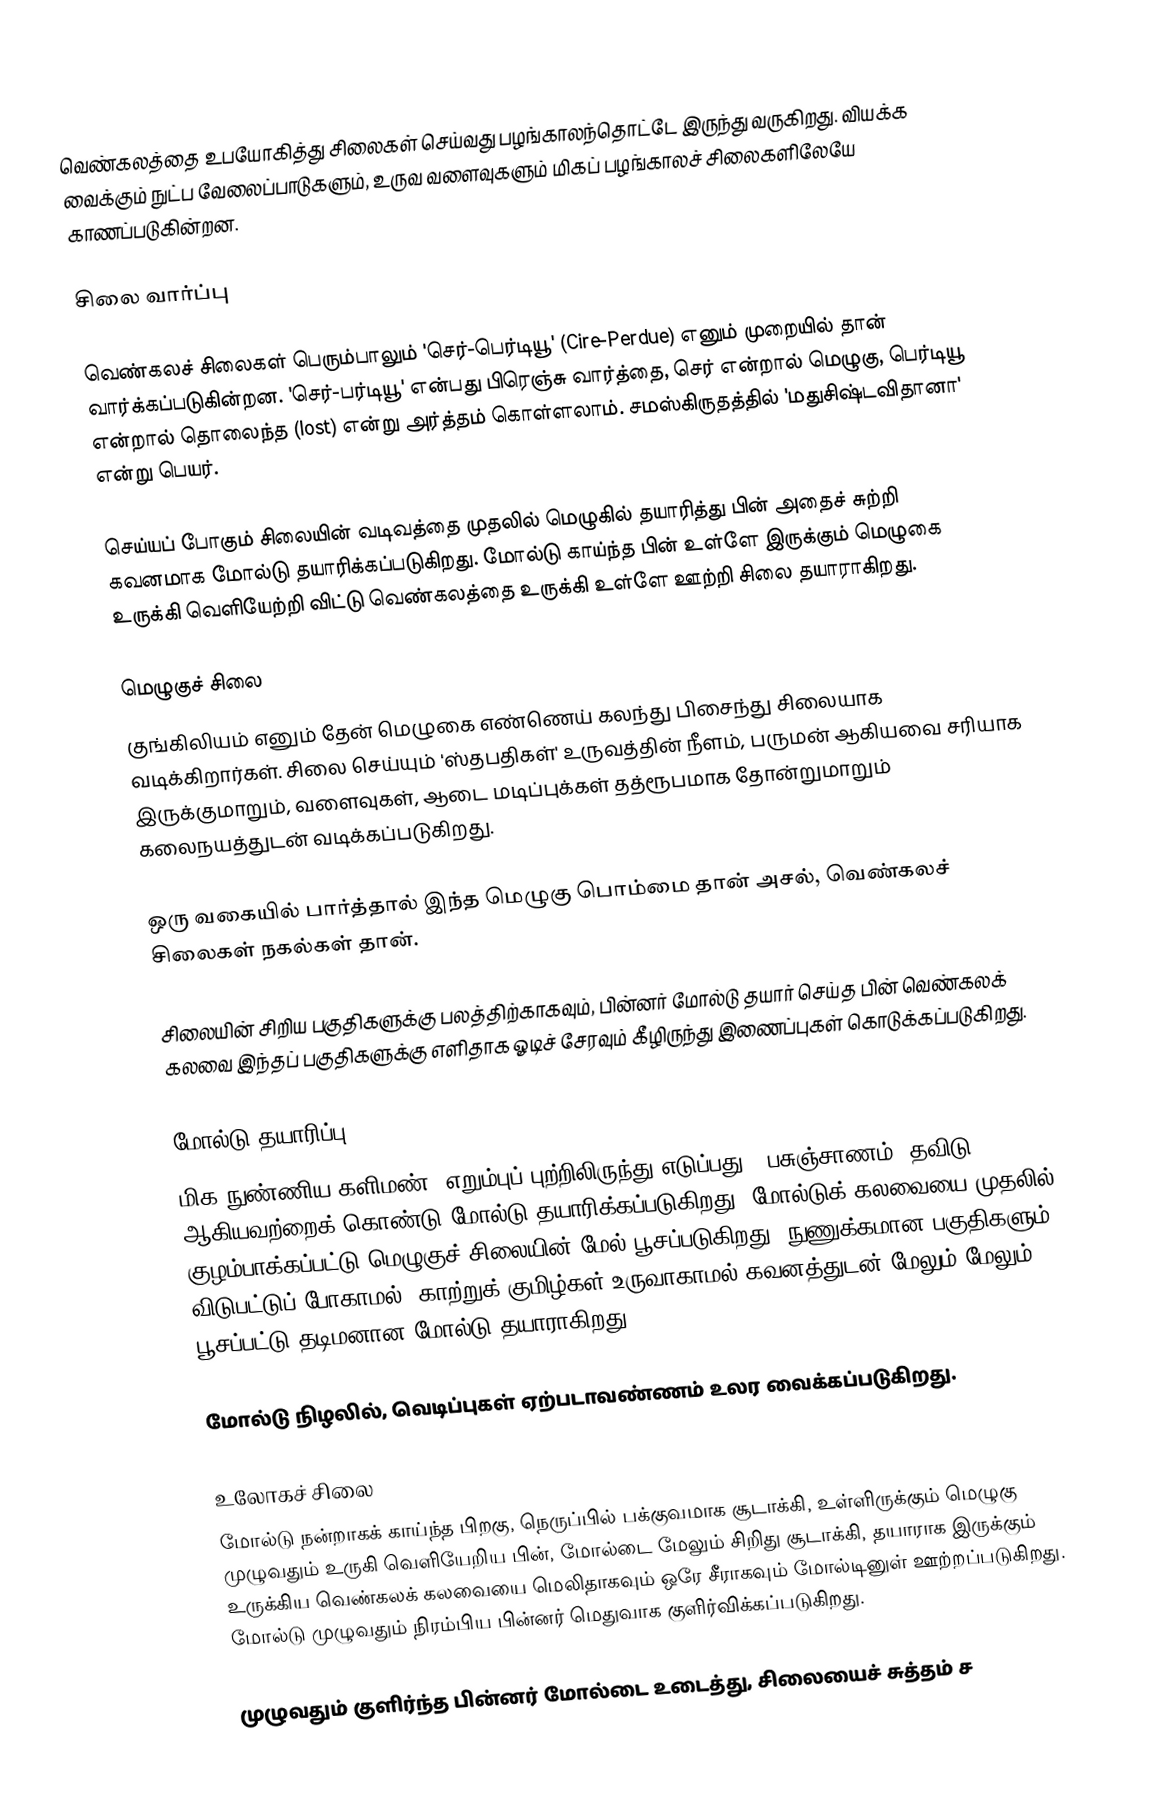
வெண்கலத்தை உபயோகித்து சிலைகள் செய்வது  பழங்காலந்தொட்டே இருந்து வருகிறது. வியக்க வைக்கும் நுட்ப வேலைப்பாடுகளும், உருவ வளைவுகளும் மிகப் பழங்காலச் சிலைகளிலேயே காணப்படுகின்றன.

சிலை வார்ப்பு

வெண்கலச் சிலைகள் பெரும்பாலும் 'செர்-பெர்டியூ' (Cire-Perdue) எனும் முறையில் தான் வார்க்கப்படுகின்றன. 'செர்-பர்டியூ' என்பது பிரெஞ்சு வார்த்தை, செர் என்றால் மெழுகு, பெர்டியூ என்றால் தொலைந்த (lost) என்று அர்த்தம் கொள்ளலாம். சமஸ்கிருதத்தில் 'மதுசிஷ்டவிதானா' என்று பெயர்.

செய்யப் போகும் சிலையின் வடிவத்தை முதலில் மெழுகில் தயாரித்து பின் அதைச் சுற்றி கவனமாக மோல்டு தயாரிக்கப்படுகிறது. மோல்டு காய்ந்த பின் உள்ளே இருக்கும் மெழுகை உருக்கி வெளியேற்றி விட்டு வெண்கலத்தை உருக்கி உள்ளே ஊற்றி சிலை தயாராகிறது.

மெழுகுச் சிலை
குங்கிலியம் எனும் தேன் மெழுகை எண்ணெய் கலந்து பிசைந்து சிலையாக வடிக்கிறார்கள். சிலை செய்யும் 'ஸ்தபதிகள்' உருவத்தின் நீளம், பருமன் ஆகியவை சரியாக இருக்குமாறும், வளைவுகள், ஆடை மடிப்புக்கள் தத்ரூபமாக தோன்றுமாறும் கலைநயத்துடன் வடிக்கப்படுகிறது.

ஒரு வகையில் பார்த்தால் இந்த மெழுகு பொம்மை தான் அசல், வெண்கலச் சிலைகள் நகல்கள் தான்.

சிலையின் சிறிய பகுதிகளுக்கு பலத்திற்காகவும், பின்னர் மோல்டு தயார் செய்த பின் வெண்கலக் கலவை இந்தப் பகுதிகளுக்கு எளிதாக ஓடிச் சேரவும் கீழிருந்து இணைப்புகள் கொடுக்கப்படுகிறது.

மோல்டு தயாரிப்பு
மிக நுண்ணிய களிமண் (எறும்புப் புற்றிலிருந்து எடுப்பது), பசுஞ்சாணம், தவிடு ஆகியவற்றைக் கொண்டு மோல்டு தயாரிக்கப்படுகிறது. மோல்டுக் கலவையை முதலில் குழம்பாக்கப்பட்டு மெழுகுச் சிலையின் மேல் பூசப்படுகிறது. நுணுக்கமான பகுதிகளும் விடுபட்டுப் போகாமல், காற்றுக் குமிழ்கள் உருவாகாமல் கவனத்துடன் மேலும் மேலும் பூசப்பட்டு தடிமனான மோல்டு தயாராகிறது.

மோல்டு நிழலில், வெடிப்புகள் ஏற்படாவண்ணம் உலர வைக்கப்படுகிறது.

உலோகச் சிலை
மோல்டு நன்றாகக் காய்ந்த பிறகு, நெருப்பில் பக்குவமாக சூடாக்கி, உள்ளிருக்கும் மெழுகு முழுவதும் உருகி வெளியேறிய பின், மோல்டை மேலும் சிறிது சூடாக்கி, தயாராக இருக்கும் உருக்கிய வெண்கலக் கலவையை மெலிதாகவும் ஒரே சீராகவும் மோல்டினுள் ஊற்றப்படுகிறது. மோல்டு முழுவதும் நிரம்பிய பின்னர் மெதுவாக குளிர்விக்கப்படுகிறது.

முழுவதும் குளிர்ந்த பின்னர் மோல்டை உடைத்து, சிலையைச் சுத்தம் ச